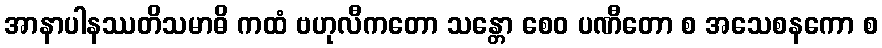
အာနာပါနဿတိသမာဓိ ကထံ ဗဟုလီကတော သန္တော စေဝ ပဏီတော စ အသေစနကော စ